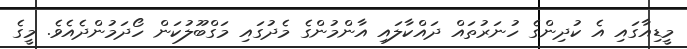
މީޑިއާާގައި އެ ކުދިންގެ ހުނަރުތައް ދައްކާލައި އާންމުންގެ މެދުގައި މަގްބޫލުކަން ހޯދަމުންދެއެވެ. މީގެ